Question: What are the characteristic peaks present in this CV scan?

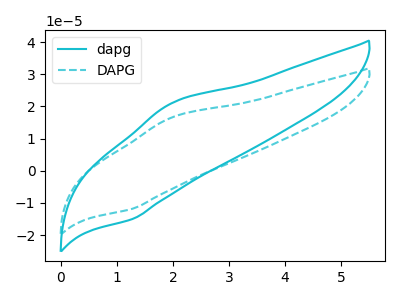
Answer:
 <answer>The cyan curve "dapg" has an anodic peak at (1.95V, 20.95uA) and a cathodic peak at (1.30V, -15.00uA). The cyan dashed curve "DAPG" has an anodic peak at (1.95V, 16.50uA) and a cathodic peak at (1.30V, -11.80uA).</answer>
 <eval></eval>